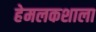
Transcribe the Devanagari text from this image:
हेमलकशाला